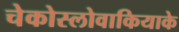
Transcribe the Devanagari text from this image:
चेकोस्लोवाकियाके